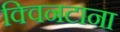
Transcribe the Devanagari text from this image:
क्विनटाना